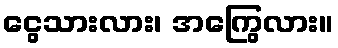
ငွေသားလား၊ အကြွေလား။